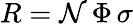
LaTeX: R=\mathcal{N}\, \Phi\, \sigma